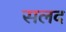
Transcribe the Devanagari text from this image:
सलद